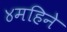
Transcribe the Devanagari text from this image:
४महिने